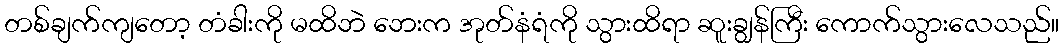
တစ်ချက်ကျတော့ တံခါးကို မထိဘဲ ဘေးက အုတ်နံရံကို သွားထိရာ ဆူးချွန်ကြီး ကောက်သွားလေသည်။